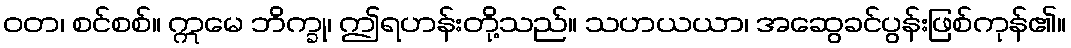
ဝတ၊ စင်စစ်။ ဣမေ ဘိက္ခု၊ ဤရဟန်းတို့သည်။ သဟယယာ၊ အဆွေခင်ပွန်းဖြစ်ကုန်၏။